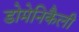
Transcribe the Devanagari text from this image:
डोमेनिकैली